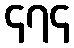
၄၇၄